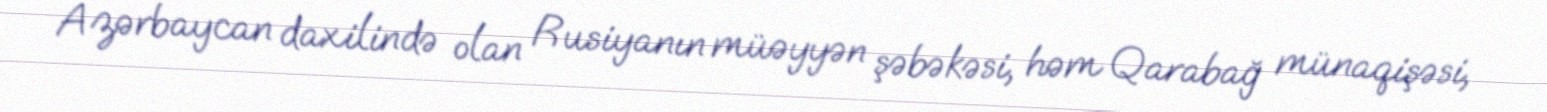
Azərbaycan daxilində olan Rusiyanın müəyyən şəbəkəsi, həm Qarabağ münaqişəsi,